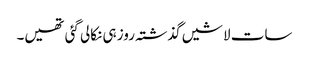
سات لاشیں گذشتہ روز ہی نکالی گئی تھیں۔